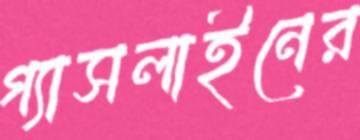
গ্যাসলাইনের